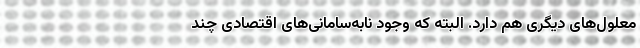
معلول‌های دیگری هم دارد. البته که وجود نابه‌سامانی‌های اقتصادی چند